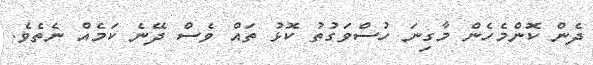
ދެން ކޮންމެހެން މާގިނަ ހުސްވަގުތު ކޮޅު ތައް ވެސް ދޭނެ ކަމެއް ނެތެވެ.